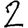
Digit: 2